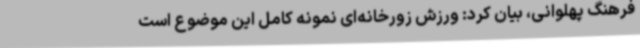
فرهنگ پهلوانی، بیان کرد: ورزش زورخانه‌ای نمونه کامل این موضوع است